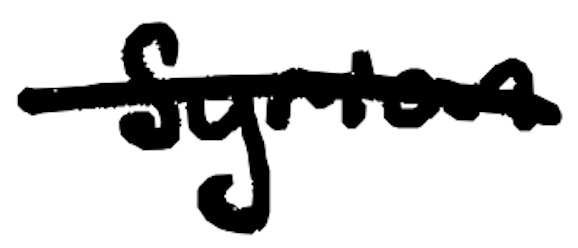
Text: Syrian
Cross-out: single-line
Writing tool: digital_black